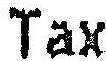
TAX